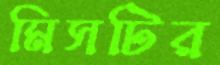
মিসটির